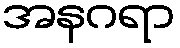
အနဂရာ